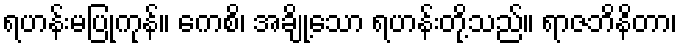
ရဟန်းမပြုကုန်။ ကေစိ၊ အချို့သော ရဟန်းတို့သည်။ ရာဇဘိနိတာ၊